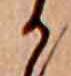
か